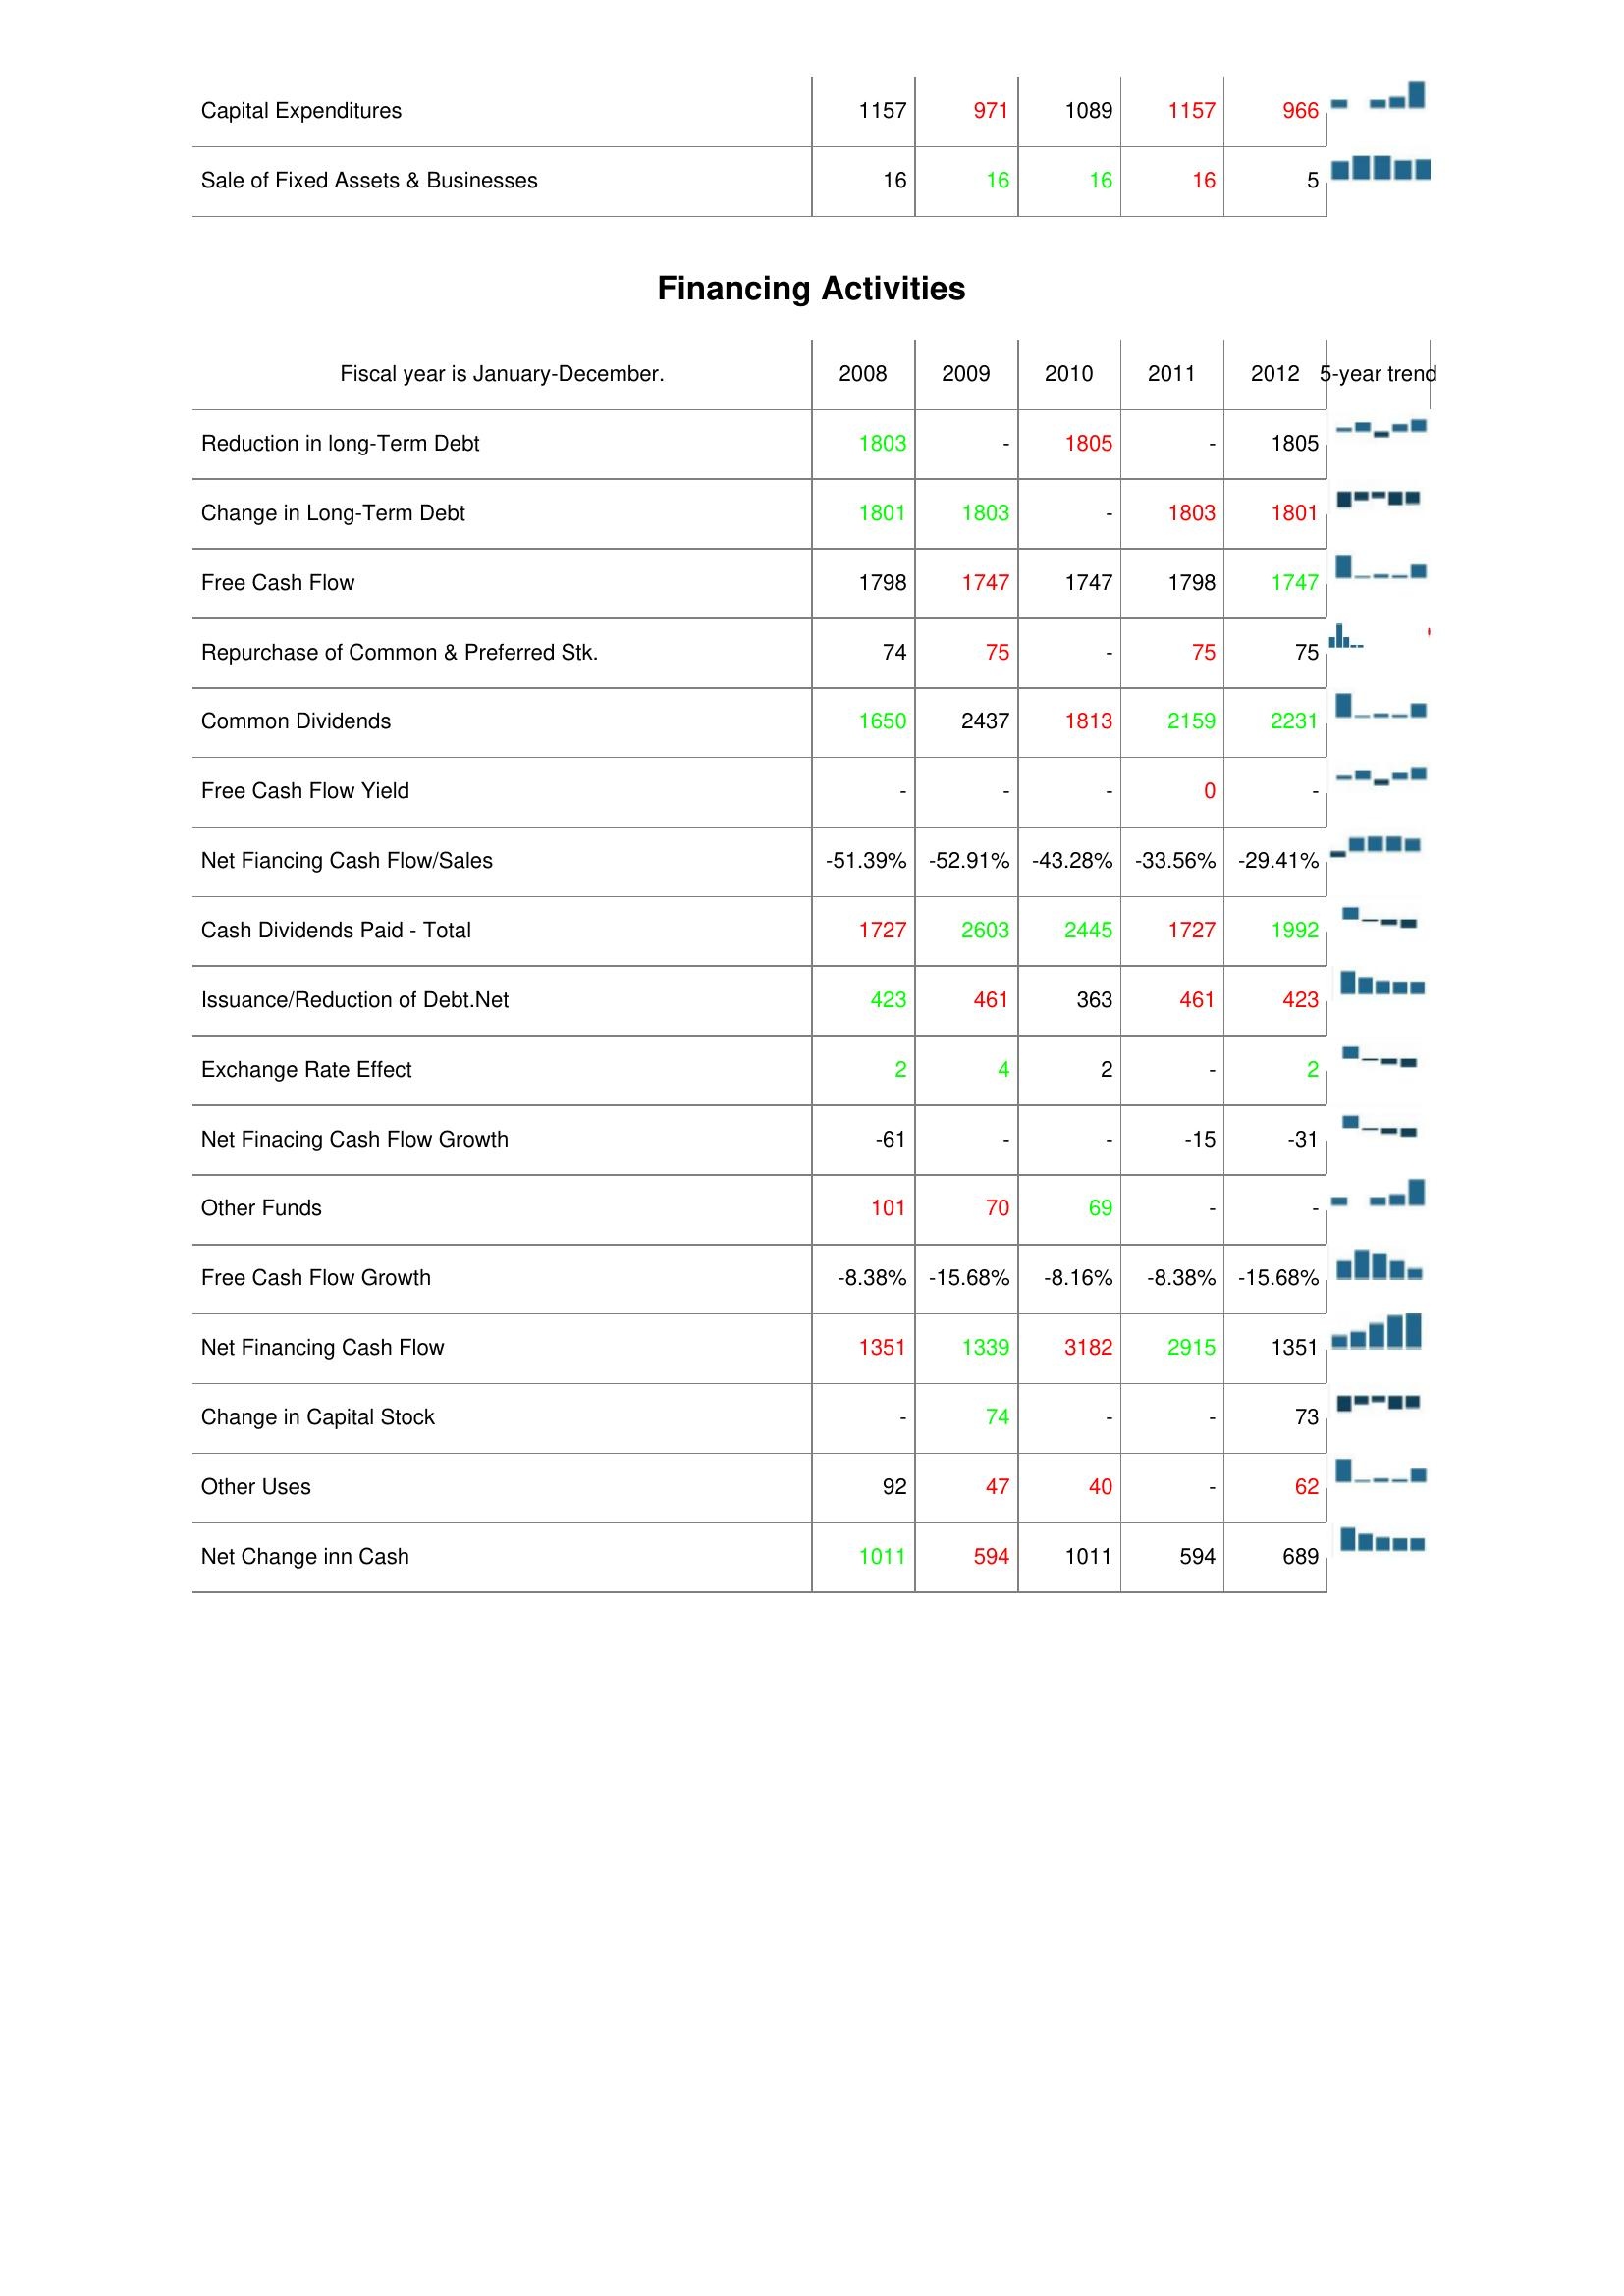
2008: Investing Activities: Capital Expenditures: 1157
Sale of Fixed Assets & Businesses: 16
Financing Activities: Reduction in long-Term Debt: 1803
Change in Long-Term Debt: 1801
Free Cash Flow: 1798
Repurchase of Common & Preferred Stk.: 74
Common Dividends: 1650
Free Cash Flow Yield: -
Net Fiancing Cash Flow/Sales: -51.39%
Cash Dividends Paid - Total: 1727
Issuance/Reduction of Debt.Net: 423
Exchange Rate Effect: 2
Net Finacing Cash Flow Growth: -61
Other Funds: 101
Free Cash Flow Growth: -8.38%
Net Financing Cash Flow: 1351
Change in Capital Stock: -
Other Uses: 92
Net Change inn Cash: 1011
2009: Investing Activities: Capital Expenditures: 971
Sale of Fixed Assets & Businesses: 16
Financing Activities: Reduction in long-Term Debt: -
Change in Long-Term Debt: 1803
Free Cash Flow: 1747
Repurchase of Common & Preferred Stk.: 75
Common Dividends: 2437
Free Cash Flow Yield: -
Net Fiancing Cash Flow/Sales: -52.91%
Cash Dividends Paid - Total: 2603
Issuance/Reduction of Debt.Net: 461
Exchange Rate Effect: 4
Net Finacing Cash Flow Growth: -
Other Funds: 70
Free Cash Flow Growth: -15.68%
Net Financing Cash Flow: 1339
Change in Capital Stock: 74
Other Uses: 47
Net Change inn Cash: 594
2010: Investing Activities: Capital Expenditures: 1089
Sale of Fixed Assets & Businesses: 16
Financing Activities: Reduction in long-Term Debt: 1805
Change in Long-Term Debt: -
Free Cash Flow: 1747
Repurchase of Common & Preferred Stk.: -
Common Dividends: 1813
Free Cash Flow Yield: -
Net Fiancing Cash Flow/Sales: -43.28%
Cash Dividends Paid - Total: 2445
Issuance/Reduction of Debt.Net: 363
Exchange Rate Effect: 2
Net Finacing Cash Flow Growth: -
Other Funds: 69
Free Cash Flow Growth: -8.16%
Net Financing Cash Flow: 3182
Change in Capital Stock: -
Other Uses: 40
Net Change inn Cash: 1011
2011: Investing Activities: Capital Expenditures: 1157
Sale of Fixed Assets & Businesses: 16
Financing Activities: Reduction in long-Term Debt: -
Change in Long-Term Debt: 1803
Free Cash Flow: 1798
Repurchase of Common & Preferred Stk.: 75
Common Dividends: 2159
Free Cash Flow Yield: 0
Net Fiancing Cash Flow/Sales: -33.56%
Cash Dividends Paid - Total: 1727
Issuance/Reduction of Debt.Net: 461
Exchange Rate Effect: -
Net Finacing Cash Flow Growth: -15
Other Funds: -
Free Cash Flow Growth: -8.38%
Net Financing Cash Flow: 2915
Change in Capital Stock: -
Other Uses: -
Net Change inn Cash: 594
2012: Investing Activities: Capital Expenditures: 966
Sale of Fixed Assets & Businesses: 5
Financing Activities: Reduction in long-Term Debt: 1805
Change in Long-Term Debt: 1801
Free Cash Flow: 1747
Repurchase of Common & Preferred Stk.: 75
Common Dividends: 2231
Free Cash Flow Yield: -
Net Fiancing Cash Flow/Sales: -29.41%
Cash Dividends Paid - Total: 1992
Issuance/Reduction of Debt.Net: 423
Exchange Rate Effect: 2
Net Finacing Cash Flow Growth: -31
Other Funds: -
Free Cash Flow Growth: -15.68%
Net Financing Cash Flow: 1351
Change in Capital Stock: 73
Other Uses: 62
Net Change inn Cash: 689